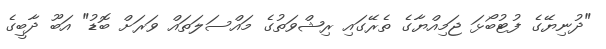
"ދުނިޔޭގެ ފުޓުބޯޅަ ޖަމިއްޔާގެ ތެރޭގައި ރިޝްވަތުގެ މައްސަލަތައް ވަރަށް ބޮޑު" އަބޫ ދާބީގެ